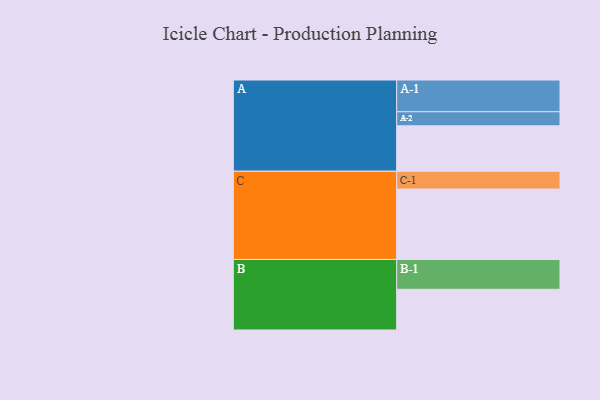
{"axis": {"x": "Segment", "y": "Value"}, "legend": ["", "A", "B", "C"], "data": [{"x": "A", "y": 349, "type": ""}, {"x": "B", "y": 313, "type": ""}, {"x": "C", "y": 541, "type": ""}, {"x": "A-1", "y": 244, "type": "A"}, {"x": "A-2", "y": 108, "type": "A"}, {"x": "B-1", "y": 229, "type": "B"}, {"x": "C-1", "y": 137, "type": "C"}]}